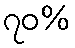
၇၀%